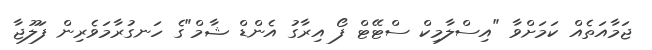
ޖަމާއަތެއް ކަމަށްވާ "އިސްލާމިކް ސްޓޭޓް ފޯ އިރާގު އެންޑް ޝާމް"ގެ ހަނގުރާމަވެރިން ފަލޫޖާ